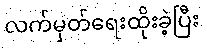
လက်မှတ်ရေးထိုးခဲ့ပြီး